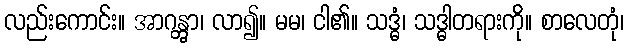
လည်းကောင်း။ အာဂန္တွာ၊ လာ၍။ မမ၊ ငါ၏။ သဒ္ဓံ၊ သဒ္ဓါတရားကို။ စာလေတုံ၊